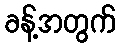
ခန့်အတွက်